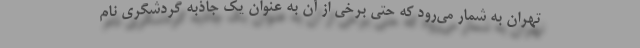
تهران به شمار می‌رود که حتی برخی از آن به عنوان یک جاذبه گردشگری نام